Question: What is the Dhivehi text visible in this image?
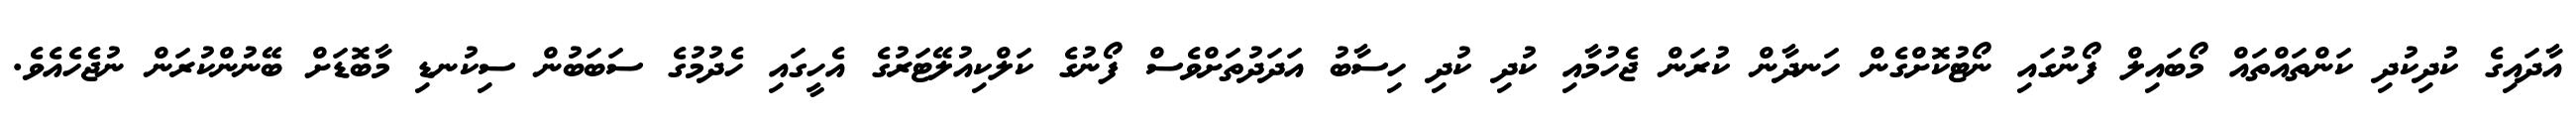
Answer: އާދައިގެ ކުދިކުދި ކަންތައްތައް މޯބައިލް ފޯނުގައި ނޯޓުކޮށްގެން ހަނދާން ކުރަން ޖެހުމާއި ކުދި ކުދި ހިސާބު އަދަދުތަށްވެސް ފޯނުގެ ކަލްކިއުލޭޓަރުގެ އެހީގައި ހެދުމުގެ ސަބަބުން ސިކުނޑި މާބޮޑަށް ބޭނުންކުރަން ނުޖެހެއެވެ.